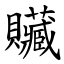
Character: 贜